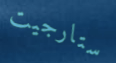
ستارجيت